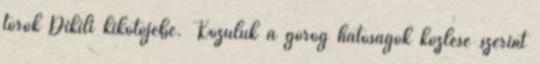
török Dikili kikötőjébe. Közülük a görög hatóságok közlése szerint